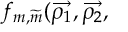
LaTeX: f _ { m , \widetilde { m } } ( \overrightarrow { \rho _ { 1 } } , \overrightarrow { \rho _ { 2 } } ,